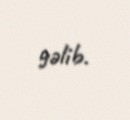
gəlib.